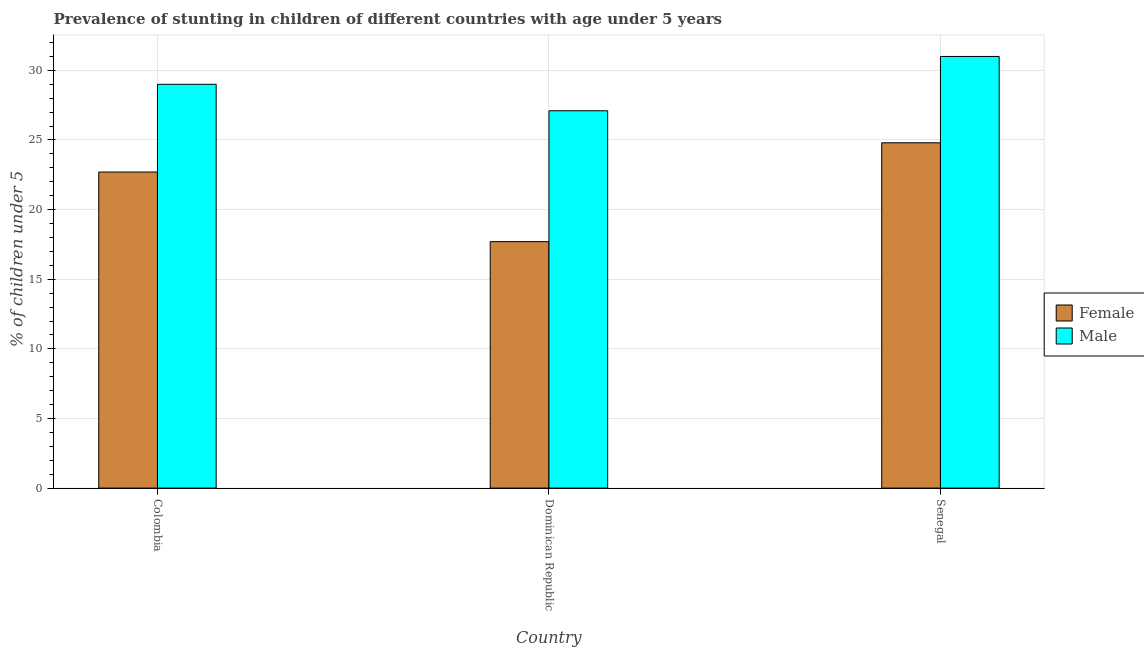
| Country | Female | Male |
 | --- | --- | --- |
 | Colombia | 22.7 | 29 |
 | Dominican Republic | 17.7 | 27.1 |
 | Senegal | 24.8 | 31 |